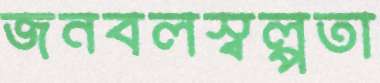
জনবলস্বল্পতা